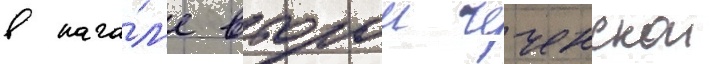
в нача́л'е второи чеченскои